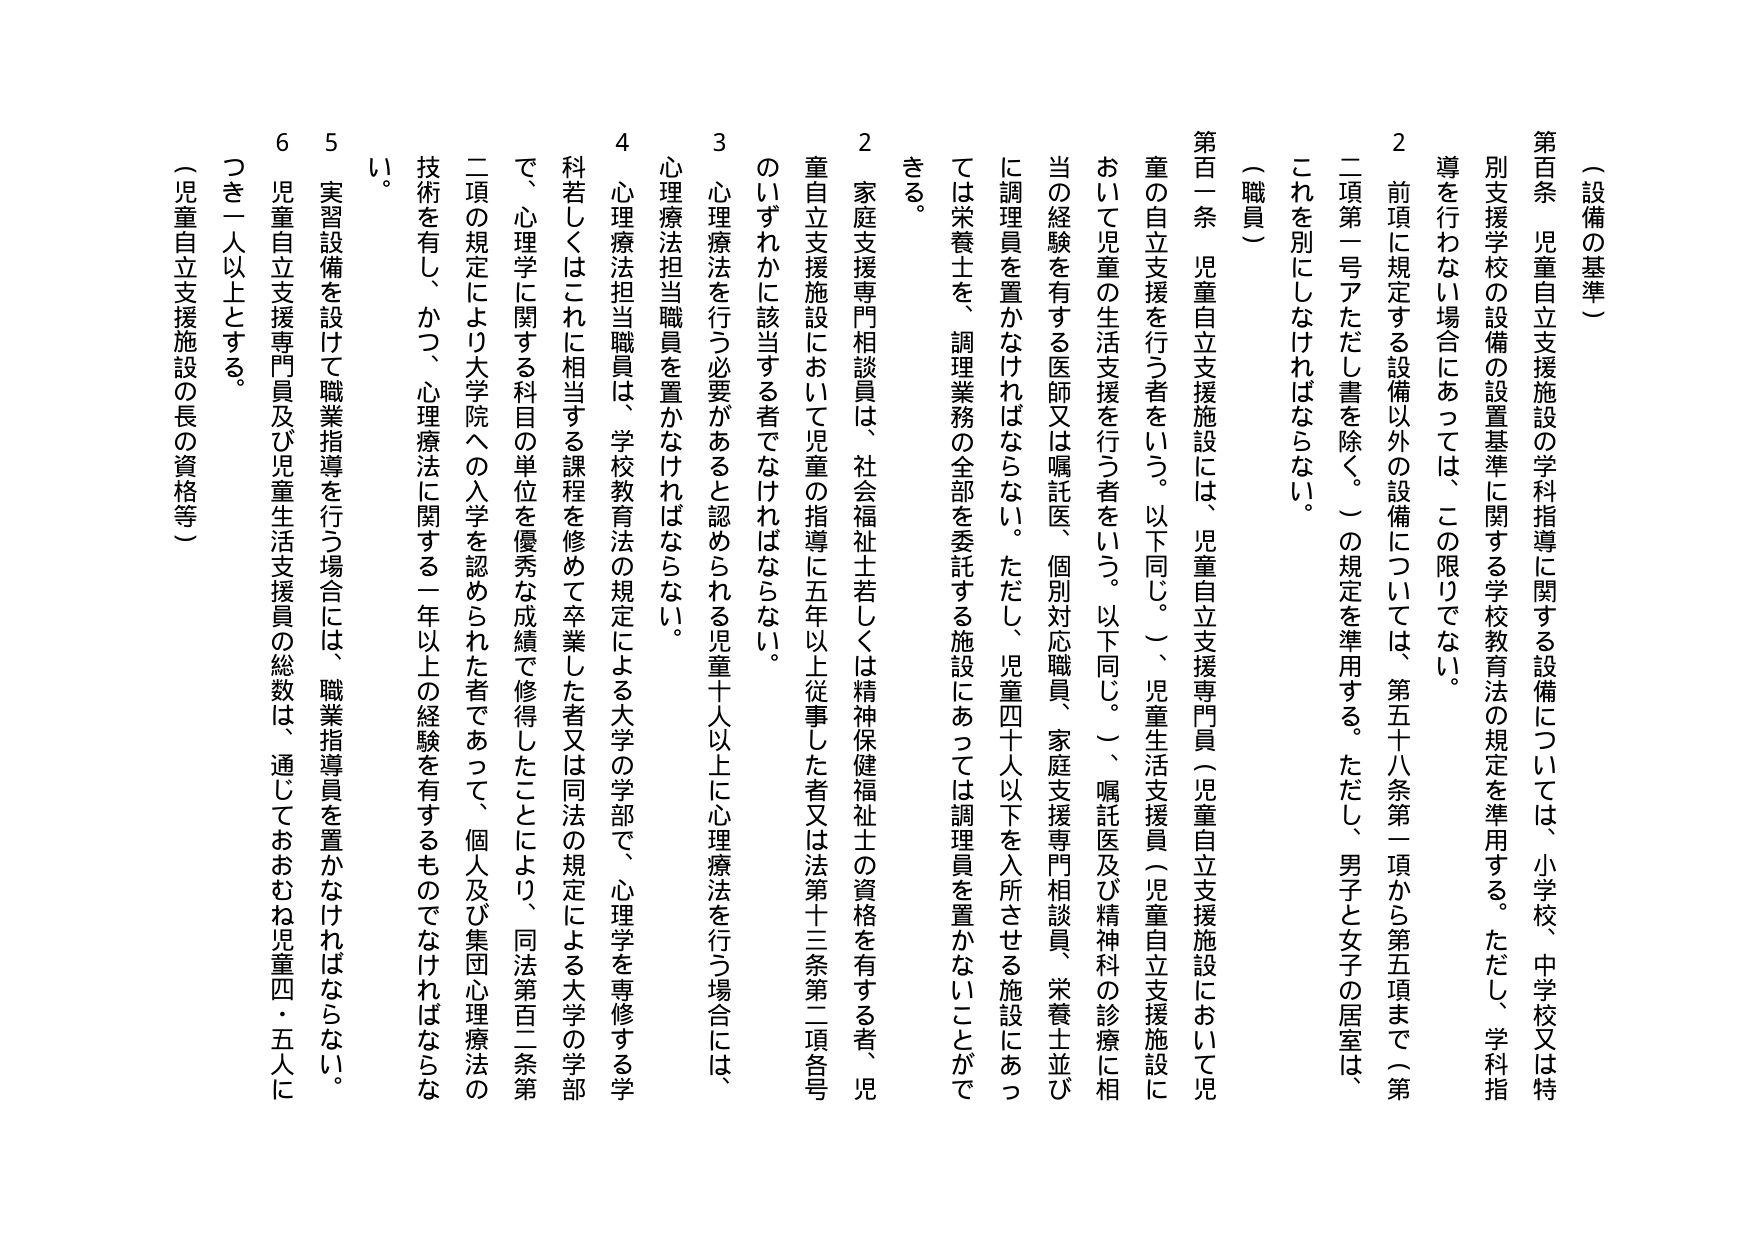
（設備の基準）

第百条 児童自立支援施設の学科指導に関する設備については、小学校、中学校又は特別支援学校の設備の設置基準に関する学校教育法の規定を準用する。ただし、学科指導を行わない場合にあっては、この限りでない。

２ 前項に規定する設備以外の設備については、第五十八条第一項から第五項まで（第二項第一号アただし書を除く。）の規定を準用する。ただし、男子と女子の居室は、これを別にしなければならない。

（職員）

第百一条 児童自立支援施設には、児童自立支援専門員（児童自立支援施設において児童の自立支援を行う者をいう。以下同じ。）、児童生活支援員（児童自立支援施設において児童の生活支援を行う者をいう。以下同じ。）、嘱託医及び精神科の診療に相当の経験を有する医師又は嘱託医、個別対応職員、家庭支援専門相談員、栄養士並びに調理員を置かなければならない。ただし、児童四十人以下を入所させる施設にあっては栄養士を、調理業務の全部を委託する施設にあっては調理員を置かないことができる。

２ 家庭支援専門相談員は、社会福祉士若しくは精神保健福祉士の資格を有する者、児童自立支援施設において児童の指導に五年以上従事した者又は法第十三条第二項各号のいずれかに該当する者でなければならない。

３ 心理療法を行う必要があると認められる児童十人以上に心理療法を行う場合には、心理療法担当職員を置かなければならない。

４ 心理療法担当職員は、学校教育法の規定による大学の学部で、心理学を専修する学科若しくはこれに相当する課程を修めて卒業した者又は同法の規定による大学の学部で、心理学に関する科目の単位を優秀な成績で修得したことにより、同法第百二条第二項の規定により大学院への入学を認められた者であって、個人及び集団心理療法の技術を有し、かつ、心理療法に関する一年以上の経験を有するものでなければならない。

５ 実習設備を設けて職業指導を行う場合には、職業指導員を置かなければならない。

６ 児童自立支援専門員及び児童生活支援員の総数は、通じておおむね児童四・五人につき一人以上とする。

（児童自立支援施設の長の資格等）